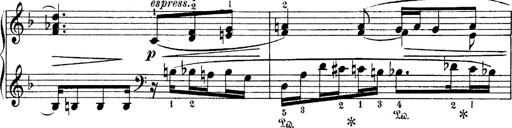
Title: 4 Sonatines
Composer: Max Reger